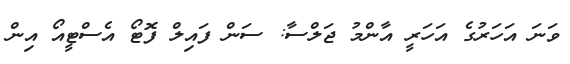
ވަނަ އަހަރުގެ އަހަރީ އާންމު ޖަލްސާ: ސަން ފައިލް ފޮޓޯ އެސްޓީއޯ އިން